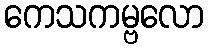
ကေသကမ္ဗလော